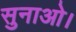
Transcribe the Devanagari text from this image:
सुनाओ।